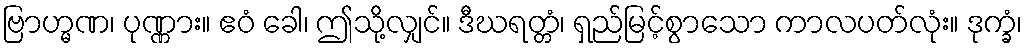
ဗြာဟ္မဏ၊ ပုဏ္ဏား။ ဧဝံ ခေါ၊ ဤသို့လျှင်။ ဒီဃရတ္တံ၊ ရှည်မြင့်စွာသော ကာလပတ်လုံး။ ဒုက္ခံ၊